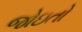
જોઇતો